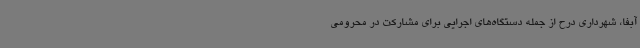
آبفا، شهرداری درح از جمله دستگاه‌های اجرایی برای مشارکت در محرومی